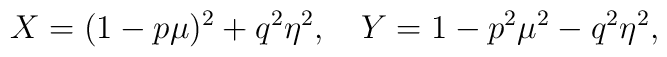
X= (1-p\mu) ^{2}+q^{2}\eta ^{2},~~~Y= 1-p ^{2}\mu ^{2}-q^{2}\eta ^{2},